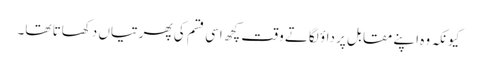
کیونکہ وہ اپنے مقابل پر داؤ لگاتے وقت کچھ اسی قسم کی پھرتیاں دکھاتا تھا۔